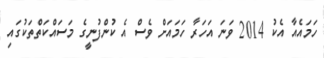
ހަމައެއާ އެކު 2014 ވަނަ އަހަރާ ހަމައަށް ވެސް އެ ކުންފުނީގެ މަސައްކަތްތަކުގައި